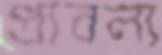
প্রাবল্য